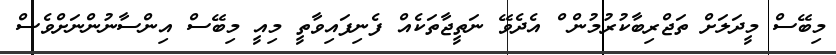
މިބޭސް މީދަލަށް ތަޖްރިބާކުރުމުން ް އެދެވޭ ނަތީޖާތަކެއް ފެނިފައިވާތީ މިއީ މިބޭސް އިންސާނުންނަށްވެސް